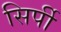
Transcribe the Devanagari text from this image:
सिर्पी